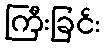
ကြီးခြင်း